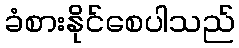
ခံစားနိုင်စေပါသည်